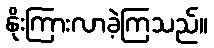
နိုးကြားလာခဲ့ကြသည်။